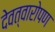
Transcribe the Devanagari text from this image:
देवत्वारोपण